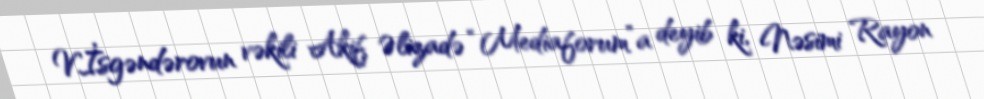
V.İsgəndərovun vəkili Akif Əlizadə “Mediaforum”a deyib ki, Nəsimi Rayon